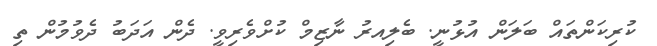
ކުރިކަންތައް ބަލަން އުޅުނީ. ބެލިއރު ނާޒިމް ކުށްވެރިވީ. ދެން އަދަބު ދެވުމުން ތި